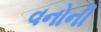
વનોની